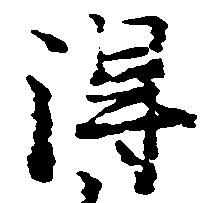
得